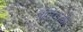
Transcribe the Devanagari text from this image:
ओर्तेगाची